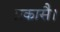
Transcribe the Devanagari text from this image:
प्रकासै।